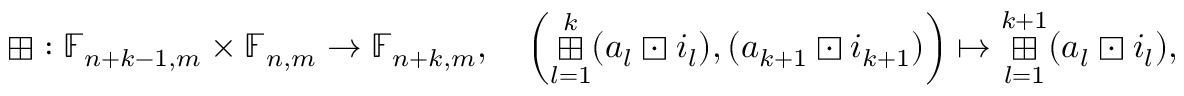
\boxplus : \mathbb { F } _ { n + k - 1 , m } \times \mathbb { F } _ { n , m } \to \mathbb { F } _ { n + k , m } , \quad \left( \DOTSB \mathop { \mathchoice { \boxplus \huge } { \boxplus \LARGE } { \boxplus } { \boxplus \footnotesize } } _ { l = 1 } ^ { k } ( a _ { l } \boxdot i _ { l } ) , ( a _ { k + 1 } \boxdot i _ { k + 1 } ) \right) \mapsto \DOTSB \mathop { \mathchoice { \boxplus \huge } { \boxplus \LARGE } { \boxplus } { \boxplus \footnotesize } } _ { l = 1 } ^ { k + 1 } ( a _ { l } \boxdot i _ { l } ) ,